Lunatic asylums in Bengal annual reports 1899-1911 - 1899-1911
Year: 1899
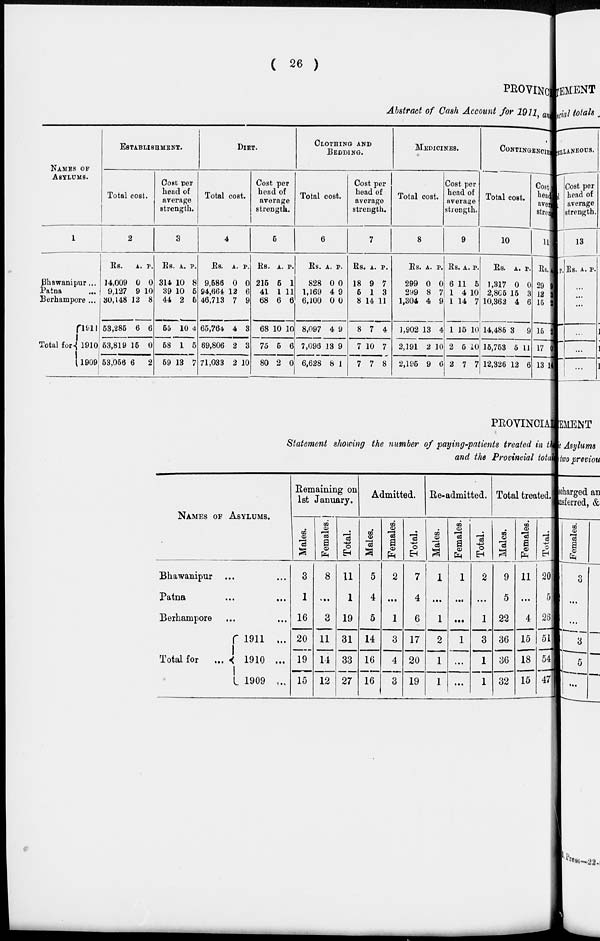
( 26 )
PROVINC
Abstract of Cash Account for
1911
NAMES OF
ASYLUMS.
1
Bhawanipur ...
Patna
...
Berhampore ...
Total for
1911
1910
1909
ESTABLISHMENT.
Total cost.
2
Rs.
14,009
9,127
30,148
53,285
53,819
53,056
A.
0
9
12
6
15
6
P.
0
10
8
6
0
2
Cost per
head of
average
strength.
3
Rs.
314.
39
44
55
58
59
A.
10
10
2
10
1
13
P.
8
5
5
4
5
7
DIET.
Total cost.
4
Rs.
9,586
94,664
46,713
65,764
69,806
71,033
A.
0
12
7
4
2
2
P.
0
6
9
3
3
10
Cost per
head of
average
strength.
5
Rs.
215
41
68
68
75
80
A.
5
1
6
10
5
2
P.
1
11
6
10
6
0
CLOTHING AND
BEDDING.
Total cost.
6
Rs.
828
1,169
6,100
8,097
7,096
6,628
A.
0
4
0
4
13
8
P.
0
9
0
9
9
1
Cost per
head of
average
strength.
7
Rs.
18
5
8
8
7
7
A.
9
1
14
7
10
7
P.
7
3
11
4
7
8
MEDICINES.
Total cost.
8
Rs.
299
299
1,304
1,902
2,191
2,195
A.
0
8
4
13
2
9
P.
0
7
9
4
10
6
Cost per
head of
average
strength.
9
Rs.
6
1
1
1
2
2
A.
11
4
14
15
5
7
P.
5
10
7
10
10
7
CONTINGENCIE
Total cost.
10
Rs.
1,317
2,865
10,362
14,485
15,753
12,326
A.
0
15
4
3
5
12
P.
0
3
6
9
11
6
Cost per
head of
average
strength.
11
Rs.
29
12
15
15
17
13 1
PEOVINCIA
Statement showing the number of paying-patients treated in the
and the Provincial tota
NAMES OF ASYLUMS.
Bhawanipur ... ...
Patna
...
...
Berhampore ... ...
Total for
...
1911
...
1910 ...
1909 ...
Remaining on
1st January.
Males.
3
1
16
20
19
15
Females.
8
...
3
11
11
12
Total.
11
1
19
31
33
27
Admitted.
Males.
5
4
5
14
16
16
Females.
2
...
1
3
4
3
Total.
7
4
6
17
20
19
Re-admitted.
Males.
1
...
1
2
1
1
Females.
1
...
...
1
...
...
Total.
2
...
1
3
1
1
Total treated.
Males.
9
5
22
36
36
32
Females.
11
...
4
15
18
15
Total.
20
5
26
51
54
47